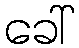
ခေါ်